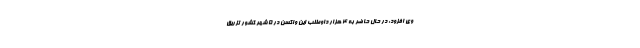
وی افزود: در حال حاضر به ۴ هزار داوطلب این واکسن در ۵ شهر کشور تزریق